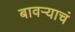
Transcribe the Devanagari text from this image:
बावऱ्याचं